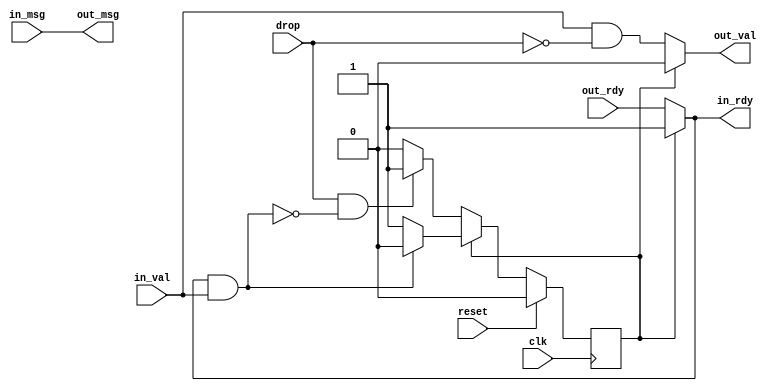
//========================================================================
// Verilog Components: Drop Unit
//========================================================================
// Drop unit allows dropping a packet when the drop signal is high. This
// is useful especially in pipelined processor, when a squash should drop
// a late arriving memory response.

`ifndef VC_DROPUNIT_V
`define VC_DROPUNIT_V

module vc_DropUnit
#(
  parameter   p_msg_nbits = 1
)
(
  input                    clk,
  input                    reset,

  // the drop signal will drop the next arriving packet

  input                    drop,

  input  [p_msg_nbits-1:0] in_msg,
  input                    in_val,
  output reg               in_rdy,

  output [p_msg_nbits-1:0] out_msg,
  output reg               out_val,
  input                    out_rdy
);

  localparam c_state_pass = 1'b0;
  localparam c_state_drop = 1'b1;

  reg state;
  reg next_state;
  wire in_go;

  assign in_go = in_rdy && in_val;

  // assign output message same as input message

  assign out_msg = in_msg;

  // next state

  always @(*) begin
    if ( state == c_state_pass ) begin

      // we only go to drop state if there is a drop request and we cannot
      // drop it right away (!in_go)
      if ( drop && !in_go )
        next_state = c_state_drop;
      else
        next_state = c_state_pass;

    end else begin

      // if we are in the drop mode and a message arrives, we can go back
      // to pass state
      if ( in_go )
        next_state = c_state_pass;
      else
        next_state = c_state_drop;

    end
  end

  // state outputs

  always @(*) begin
    if ( state == c_state_pass ) begin

      // we combinationally take care of dropping if the packet is already
      // available
      out_val = in_val && !drop;
      in_rdy  = out_rdy;

    end else begin

      // we just drop the packet
      out_val = 1'b0;
      in_rdy  = 1'b1;

    end
  end

  // state transitions

  always @( posedge clk ) begin

    if ( reset )
      state <= c_state_pass;
    else
      state <= next_state;

  end

endmodule

`endif